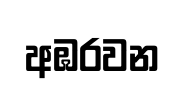
අඹරවන